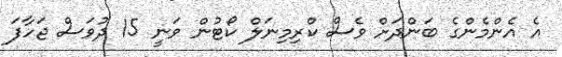
އެ އެންމެންގެ ބަންދަށް ވެސް ކްރިމިނަލް ކޯޓުން ވަނީ 15 ދުވަސް ޖަހާފަ